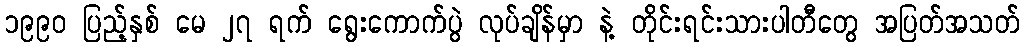
၁၉၉၀ ပြည့်နှစ် မေ ၂၇ ရက် ရွေးကောက်ပွဲ လုပ်ချိန်မှာ နဲ့ တိုင်းရင်းသားပါတီတွေ အပြတ်အသတ်